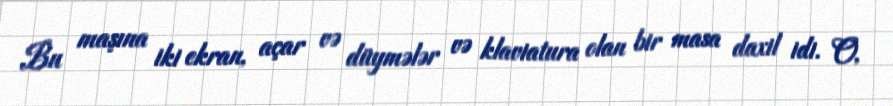
Bu maşına iki ekran, açar və düymələr və klaviatura olan bir masa daxil idi. O,